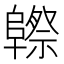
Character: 𱀮